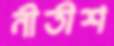
নীতীশ